Vaccine operations Central Provinces 1868-1885 - 1868-1885
Year: 1868
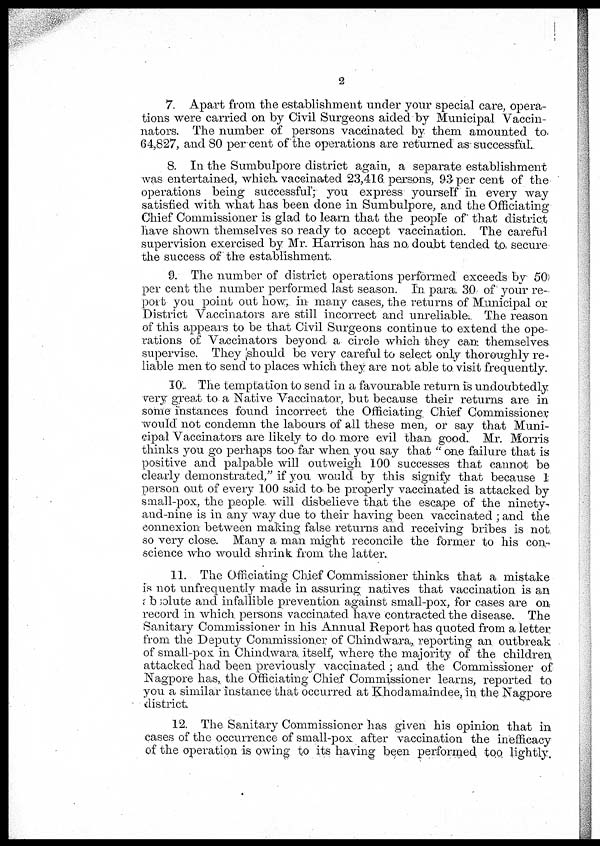
2
7. Apart from the establishment under your special care, opera-
tions were carried on by Civil Surgeons aided by Municipal Vaccin-
nators. The number of persons vaccinated by them amounted to
64,827, and 80 per cent of the operations are returned as successful.
8. In the Sumbulpore district again, a separate establishment
was entertained, which vaccinated 23,416 persons, 93 per cent of the
operations being successful; you express yourself in every way
satisfied with what has been done in Sumbulpore, and the Officiating
Chief Commissioner is glad to learn that the people of that district
have shown themselves so ready to accept vaccination. The careful
supervision exercised by Mr. Harrison has no, doubt tended to secure
the success of the establishment.
9. The number of district operations performed exceeds by 50
per cent the number performed last season. In para. 30 of your re¬
port you point out how, in many cases, the returns of Municipal or
District Vaccinators are still incorrect and unreliable. The reason
of this appears to be that Civil Surgeons continue to extend the ope-
rations of Vaccinators beyond a circle which they can themselves
supervise. They should be very careful to select only thoroughly re-
liable men to send to places which they are not able to visit frequently.
10 The temptation to send in a favourable return is undoubtedly
very great to a Native Vaccinator, but because their returns are in
some instances found incorrect the Officiating Chief Commissioner
would not condemn the labours of all these men, or say that Muni-
cipal Vaccinators are likely to do more evil than good. Mr. Morris
thinks you go perhaps too far when you say that " one failure that is
positive and palpable will outweigh 100 successes that cannot be
clearly demonstrated," if you would by this signify that because 1
person out of every 100 said to be properly vaccinated is attacked by
small-pox, the people will disbelieve that the escape of the ninety-
and-nine is in any way due to their having been vaccinated ; and the
connexion between making false returns and receiving bribes is not
so very close. Many a man might reconcile the former to his con-
science who would shrink from the latter.
11. The Officiating Chief Commissioner thinks that a mistake
is not unfrequently made in assuring natives that vaccination is an
absolute and infallible prevention against small-pox, for cases are on
record in which persons vaccinated have contracted the disease. The
Sanitary Commissioner in his Annual Report has quoted from a letter
from the Deputy Commissioner of Chindwara, reporting an outbreak
of small-pox in Chindwara itself, where the majority of the children
attacked had been previously vaccinated ; and the Commissioner of
Nagpore has, the Officiating Chief Commissioner learns, reported to
you a similar instance that occurred at Khodamaindee, in the Nagpore
district
12. The Sanitary Commissioner has given his opinion that in
cases of the occurrence of small-pox after vaccination the inefficacy
of the operation is owing to its having been performed too lightly.